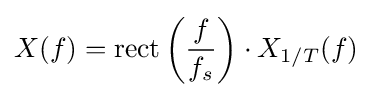
X(f)=\mathrm {rect} \left({\frac {f}{f_{s}}}\right)\cdot X_{1/T}(f)